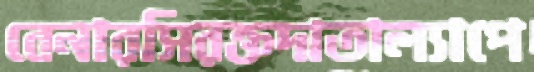
বেনারসিরক্তদাতাল্যাপে